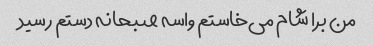
من برا شام می‌خاستم واسه صبحانه دستم رسید